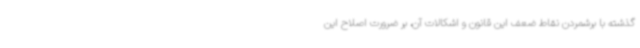
گذشته با برشمردن نقاط ضعف این قانون و اشکالات آن، بر ضرورت اصلاح این